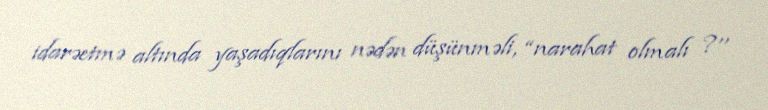
idarəetmə altında yaşadıqlarını nədən düşünməli, “narahat olmalı ?’’